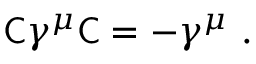
{ \mathsf { C } } \gamma ^ { \mu } { \mathsf { C } } = - \gamma ^ { \mu } ~ .